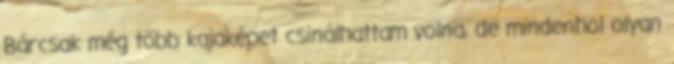
Bárcsak még több kajaképet csinálhattam volna, de mindenhol olyan